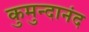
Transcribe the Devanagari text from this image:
कुमुन्दानंद